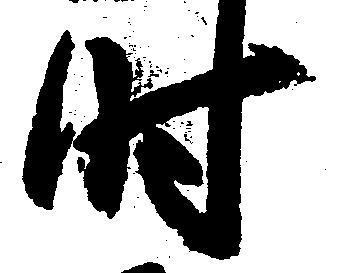
時